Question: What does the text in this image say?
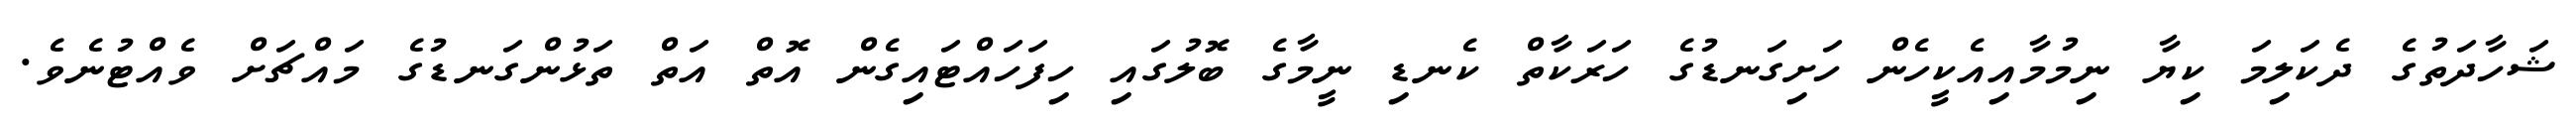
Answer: ޝަހާދަތުގެ ދެކަލިމަ ކިޔާ ނިމުމާއިއެކީހެން ހަށިގަނޑުގެ ހަރަކާތް ކެނޑި ނީމާގެ ބޮލުގައި ހިފަހައްޓައިގެން އޮތް އަތް ތަޅުންގަނޑުގެ މައްޗަށް ވެއްޓުނެވެ.